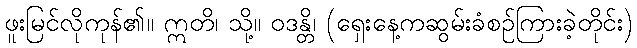
ဖူးမြင်လိုကုန်၏။ ဣတိ၊ သို့။ ဝဒန္တိ၊ (ရှေးနေ့ကဆွမ်းခံစဉ်ကြားခဲ့တိုင်း)